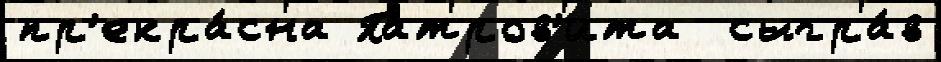
пр'екра́сна Патров'ита  сыгра́в